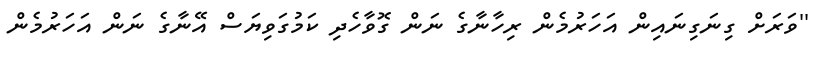
''ވަރަށް ގިނަގިނައިން އަހަރުމެން ރިހާނާގެ ނަން ގޮވާހެދި ކަމުގަވިޔަސް އޭނާގެ ނަން އަހަރުމެން